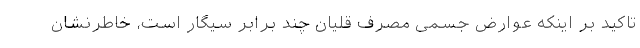
تاکید بر اینکه عوارض جسمی مصرف قلیان چند برابر سیگار است، خاطرنشان